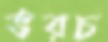
ভরচ